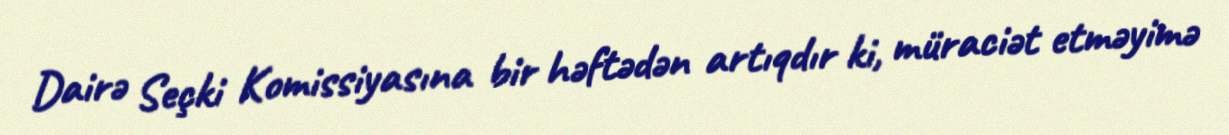
Dairə Seçki Komissiyasına bir həftədən artıqdır ki, müraciət etməyimə